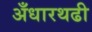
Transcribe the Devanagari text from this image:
अँधारथढी